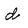
Character: d